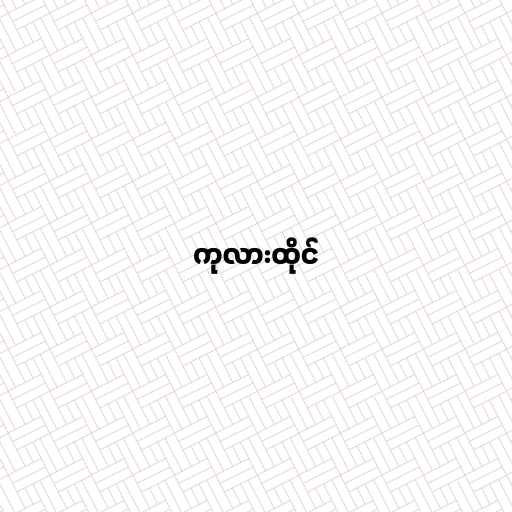
ကုလားထိုင်